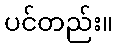
ပင်တည်း။